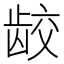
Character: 𫜪